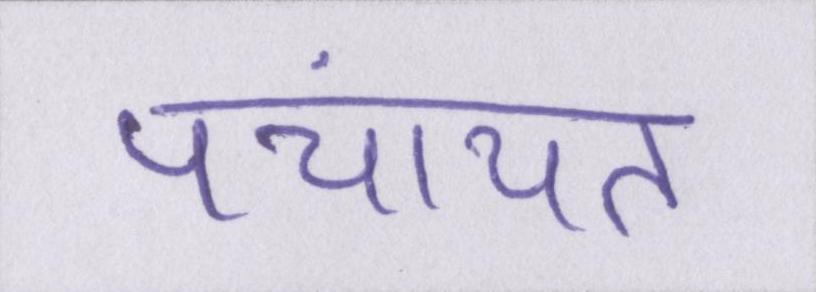
पंचायत